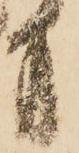
方